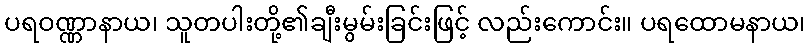
ပရဝဏ္ဏာနာယ၊ သူတပါးတို့၏ချီးမွမ်းခြင်းဖြင့် လည်းကောင်း။ ပရထောမနာယ၊